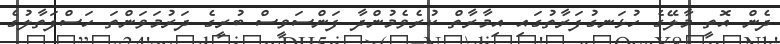
ދެން އޮތީ މާލޭގެ ހުޅަނގުފަރާތުގައި އިމާރާތް ކުރެވެމުންދާ ފަންސަވީސް ބުރީގެ ދަރުމަވަންތަ ހަސްފަތާލުގެ